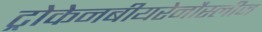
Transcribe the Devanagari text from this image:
ट्रोकेनबीयरेनौस्लीज